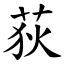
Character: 荻